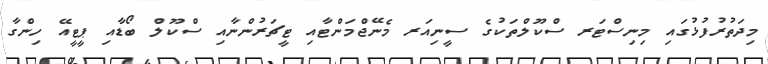
މިދަތުރުފުޅުގައި މިނިސްޓަރ ސްކޫލްތަކުގެ ސީނިއަރ މެނޭޖްމަންޓާއި ޓީޗަރުންނާއި ސްކޫލް ބޯޑާއި ޕީޓީއޭ ހިންގާ